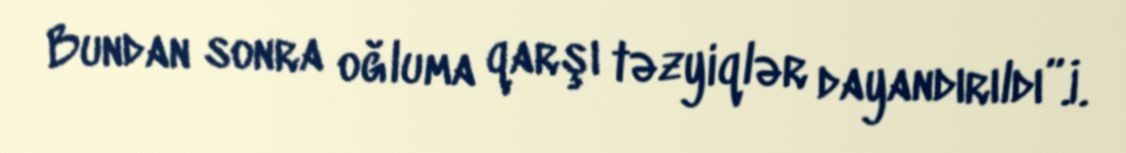
Bundan sonra oğluma qarşı təzyiqlər dayandırıldı”.İ.